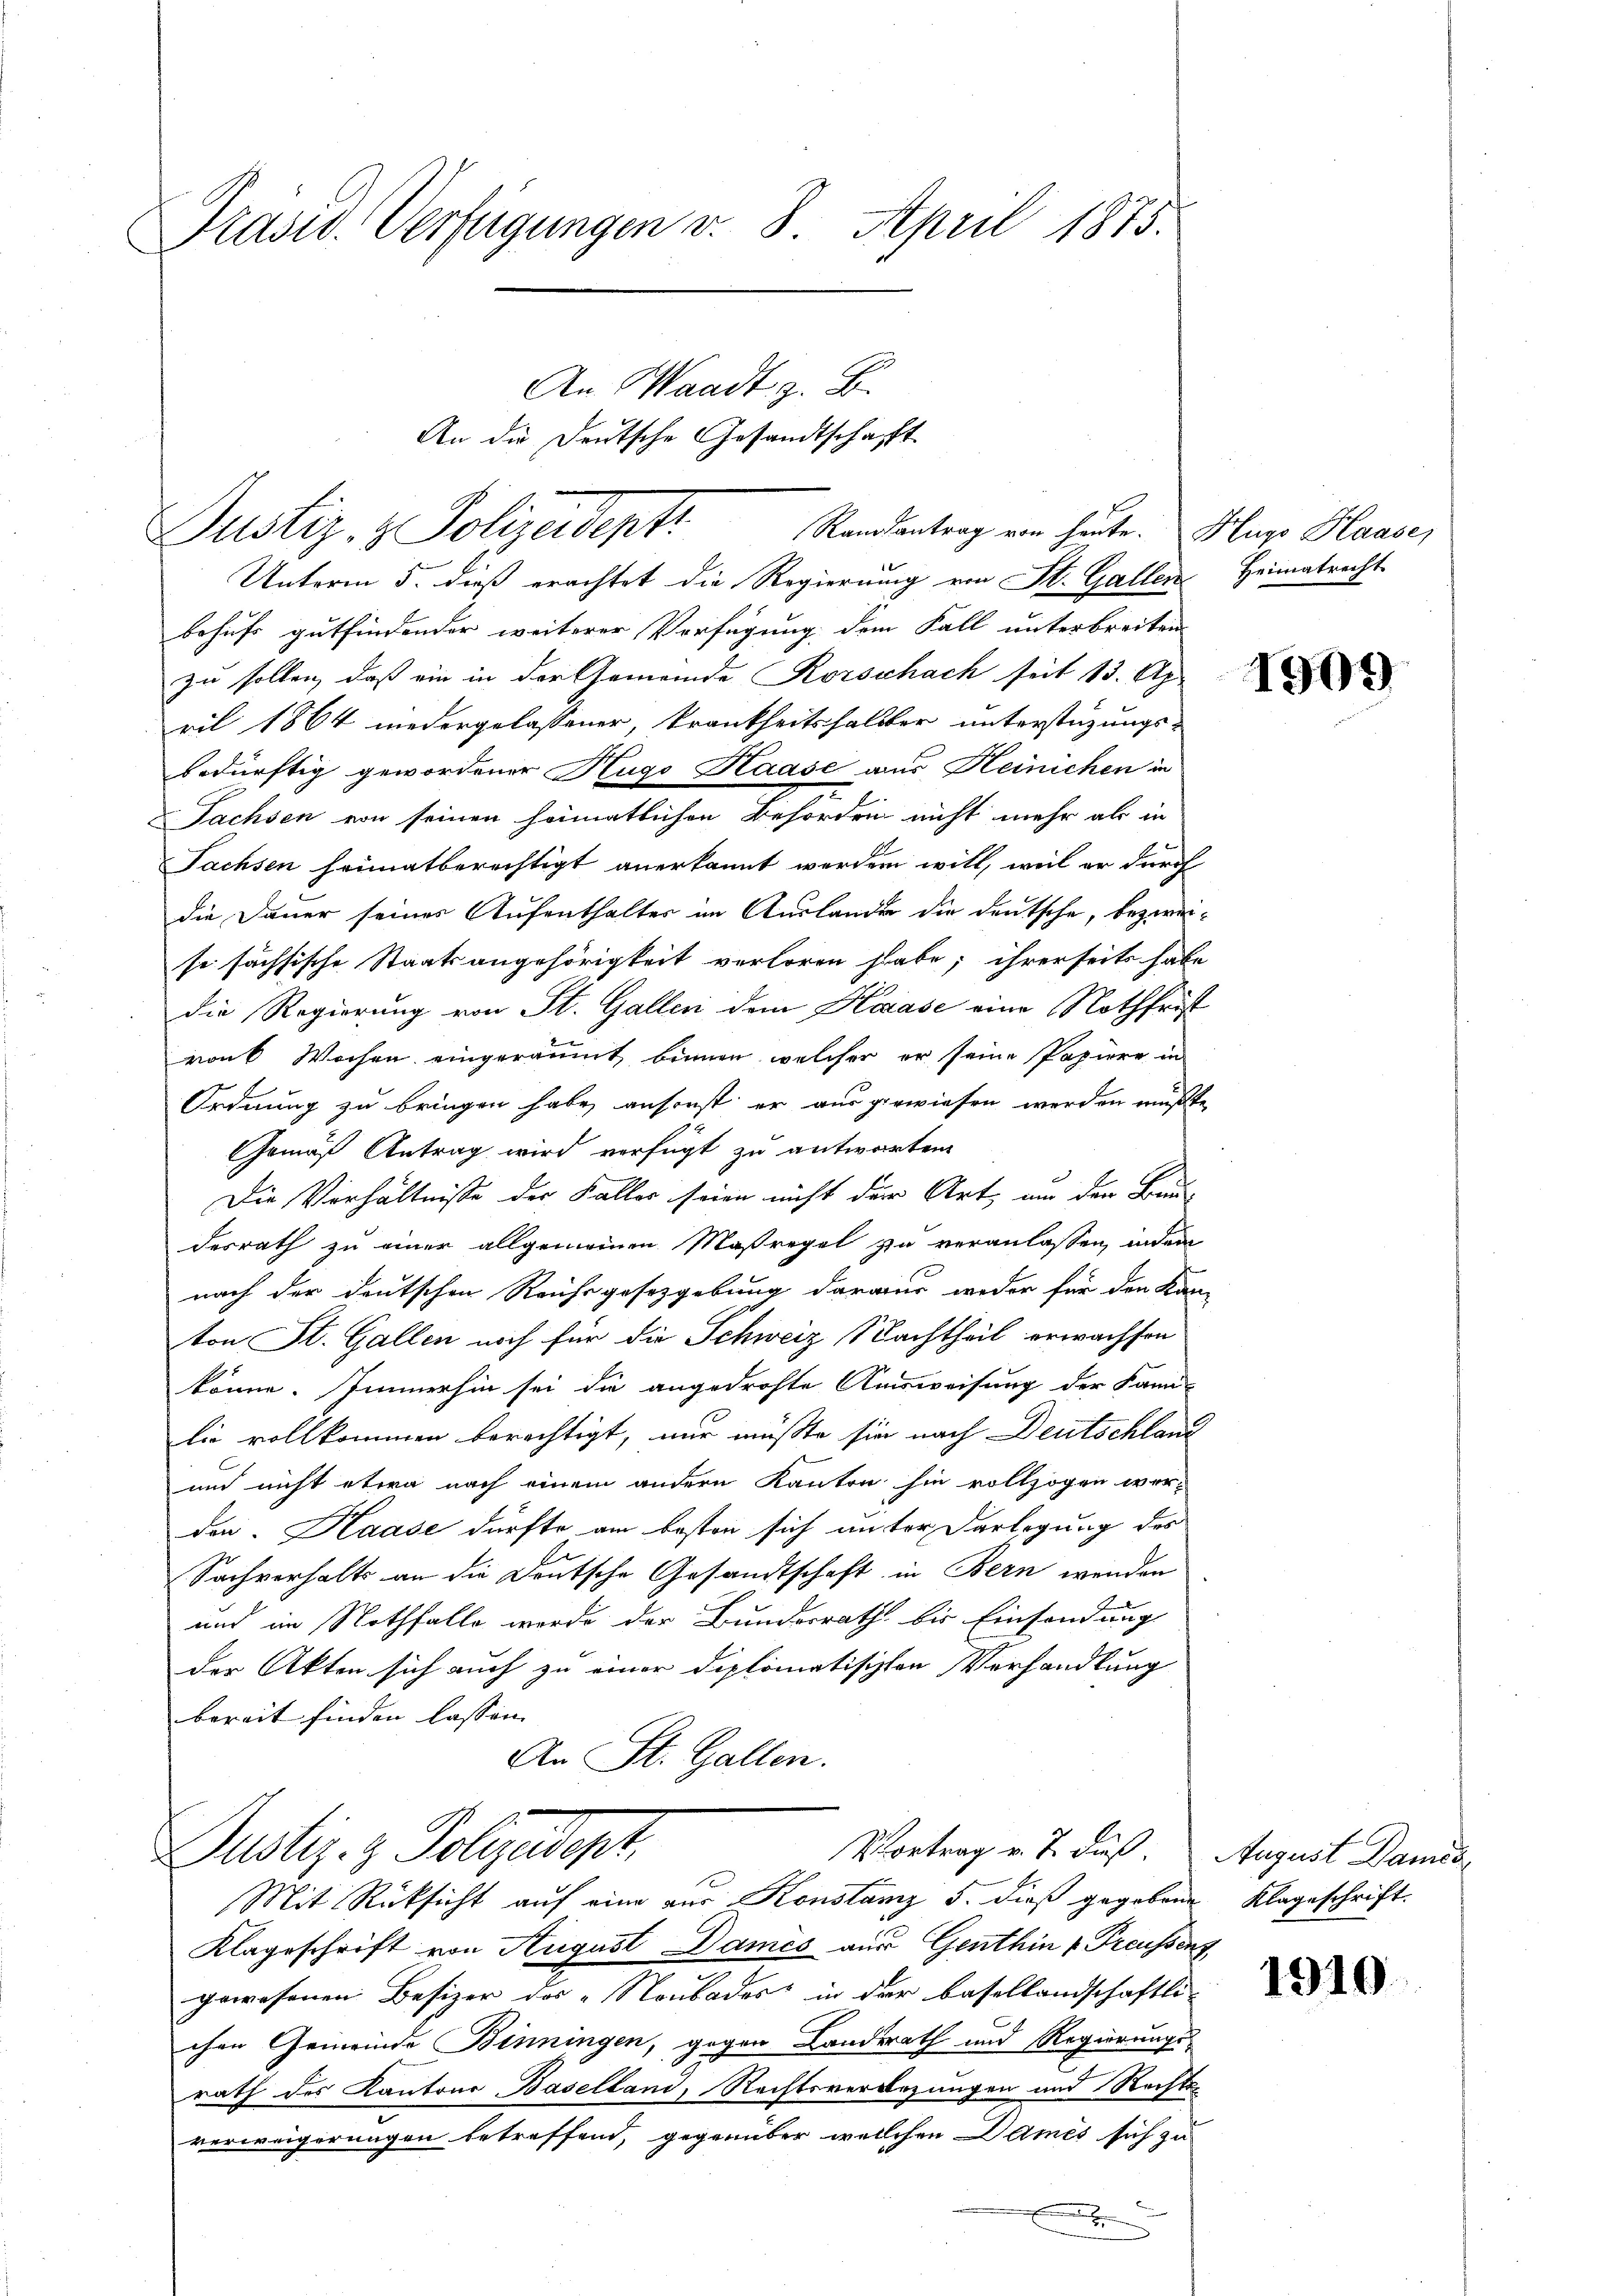
Präsid. Verfügungen v. 8. April 1875.
An Waadt z. B.
An die Deutsche Gesandtschafft

Justiz- & Polizeidenti
Unterm 5. dieß erachtet die Regierung von St. Gallen Heimatrecht
behufs gutfindender weiterer Verfügung dem Fall unterbreiten
zu sollen, daß ein in der Gemeinde Korschach seit 13. Ap
ril 1864 niedergelassener, krankheitshalter unterstüzungs-
bedürftig gewordener Hugo Raase aus Heinichen in
Tachsen von seinen heimatlichen Behörden nicht mehr als in
Sachsen heimatberechtigt anerkannt werden will, weil er durch
die Dauer seines Aufenthalter in Auslander die deutsche, bezweise sächsische Staatsangehörigkeit verloren habe; ihrerseits habe
die Regierung von St. Gallen dem Karase eine Nothfrist
ronk Wochen eingeräumt binnen, welcher er seine Papiere in
Ordnung zu bringen habe, ansonst er aus gewiesen werden müßte
Gemäß Antrag wird verfügt zu antworten.
Die Verhältnisse der Kaller seien nicht der Art, an der Bau-
desrath zu einer allgemeinen Maßregel zu veranlassen, indem
nach der deutschen Reichsgesetzgebung daraus weder für den Kan-
ton St. Gallen noch für die Schweiz Nachtheil erwachsen
könne. Immerhin sei die angedrohte Ausweisung der Kan-
lie vollkommen berechtigt, nur müßte sie nach Deutschland
und nicht etwa nach einem andern Kanton hin vollzogen wer-
den. Kaase dürfte am besten sich unter Darlegung des
Sachverhalts an die Deutsche Gesandtschaft in Bern wenden
und im Nothfalle werde der Bundesrath bis Einsendung
der Akten sich auch zu einer diplomatischten Verhandlung
bereit finden lassen. |
An St. Gallen.

Randsantrag von heute. Hugo Haase,

Vortrag v. J. dieß
Justiz- & Polyedept,
Mit Rücksicht auf eine aus Konstanz 5. dieß gegebene Klageschrift.

Klageschrift von August Dames aus Genthin v. Preussent
gewesenen Besizer das „Noubades in der Basellandschaftli-
chen Gemeinde Benningen, gegen Landerath und Regierungs-
rath des Kantons Baselland, Rechtsverbrzungen und Rechtsverweigerungen betreffend, gegenüber welchen Dames sich zu
f

1909

August Damis

1910